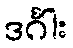
ဒင်္ဂါး